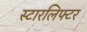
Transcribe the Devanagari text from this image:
स्टारलिफ्टर